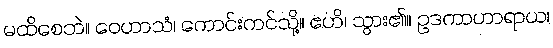
မထိစေဘဲ။ ဝေဟာသံ၊ ကောင်းကင်သို့။ ဧဟိ၊ သွား၏။ ဥဒကာဟာရာယ၊